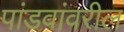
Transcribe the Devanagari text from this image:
पांडवांवरील